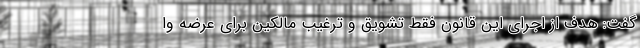
گفت: هدف از اجرای این قانون فقط تشویق و ترغیب مالکین برای عرضه وا